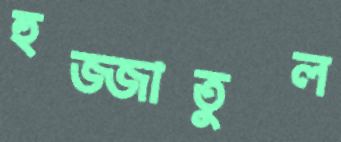
হুজ্জাতুল